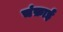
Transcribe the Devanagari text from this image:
चंफ़ाई